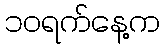
၁၀ရက်နေ့က